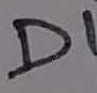
Text: D1